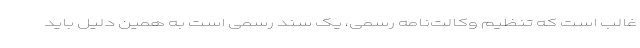
غالب است که تنظیم وکالت‌نامه رسمی، یک سند رسمی است به همین دلیل باید